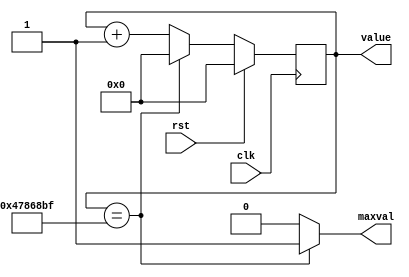
/*
   This file was generated automatically by the Mojo IDE version B1.3.5.
   Do not edit this file directly. Instead edit the original Lucid source.
   This is a temporary file and any changes made to it will be destroyed.
*/

/*
   Parameters:
     SIZE = $clog2(CLKSPEED/2)
     DIV = 0
     TOP = (CLKSPEED/2)-1
     UP = 1
*/
module timer_4 (
    input clk,
    input rst,
    output reg maxval,
    output reg [26:0] value
  );
  
  localparam SIZE = 5'h1b;
  localparam DIV = 1'h0;
  localparam TOP = 29'h047868bf;
  localparam UP = 1'h1;
  
  
  reg [26:0] M_ctr_d, M_ctr_q = 1'h0;
  
  localparam MAX_VALUE = 29'h047868bf;
  
  always @* begin
    M_ctr_d = M_ctr_q;
    
    value = M_ctr_q[0+26-:27];
    maxval = 1'h0;
    if (1'h1) begin
      M_ctr_d = M_ctr_q + 1'h1;
      if (1'h1 && M_ctr_q == 29'h047868bf) begin
        M_ctr_d = 1'h0;
        maxval = 1'h1;
      end
    end else begin
      M_ctr_d = M_ctr_q - 1'h1;
      if (1'h1 && M_ctr_q == 1'h0) begin
        M_ctr_d = 29'h047868bf;
      end
    end
  end
  
  always @(posedge clk) begin
    if (rst == 1'b1) begin
      M_ctr_q <= 1'h0;
    end else begin
      M_ctr_q <= M_ctr_d;
    end
  end
  
endmodule